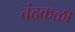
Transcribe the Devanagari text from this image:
चंद्रकळा